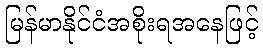
မြန်မာနိုင်ငံအစိုးရအနေဖြင့်